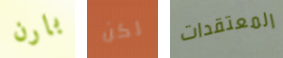
بارن لكن المعتقدات